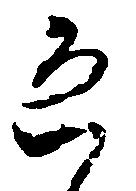
恐